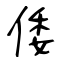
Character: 倭